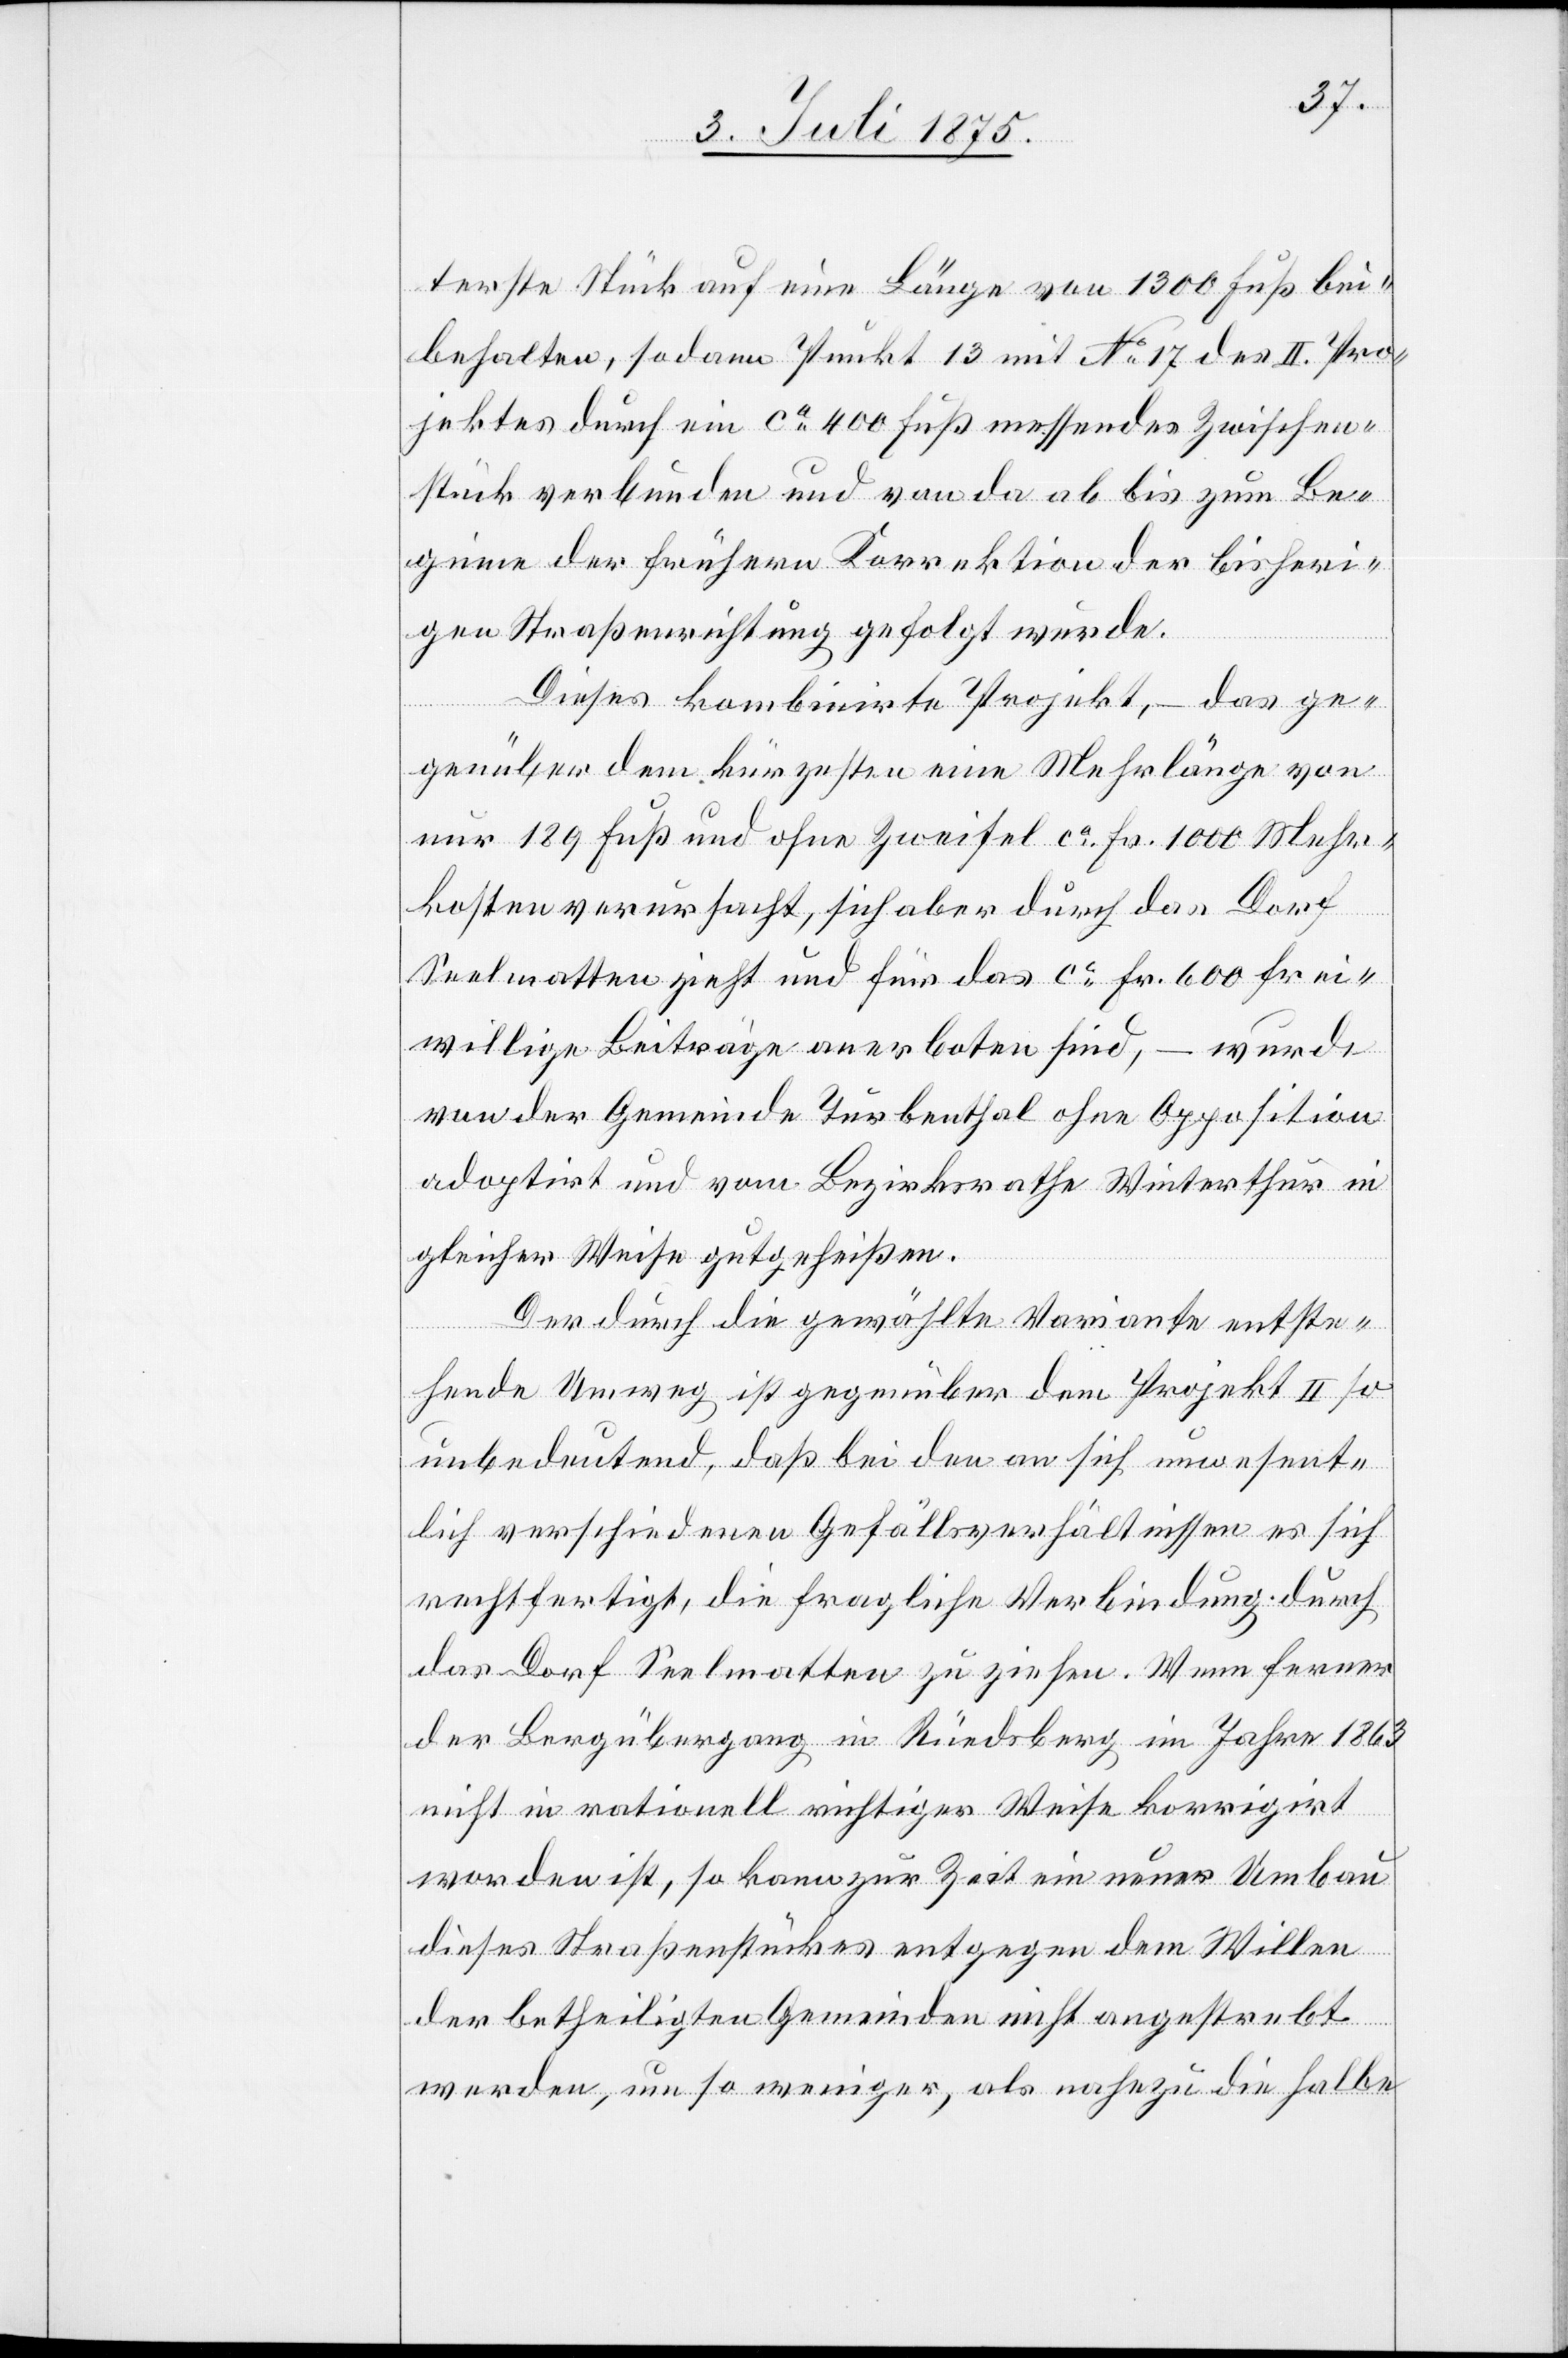
terste Stück auf eine Länge von 1300 Fuß bei¬
behalten, so dann Punkt 13 mit No 17 des II. Pro¬
jektes durch ein ca 400 Fuß messendes Zwischen¬
stück verbunden und von da ab bis zum Be¬
ginne der frühern Korrektion der bisheri¬
gen Straßenrichtung gefolgt wurde.
Dieses kombinirte Projekt, – das ge¬
genüber dem kürzesten eine Mehrlänge von
nur 189 Fuß und ohne Zweifel ca Fr. 1000 Mehr¬
kosten verursacht, sich aber durch das Dorf
Saalmatten zieht und für das ca Fr. 600 frei¬
willige Beiträge anerboten sind, – wurde
von der Gemeinde Turbenthal ohne Opposition
adoptirt und vom Bezirksrathe Winterthur in
gleicher Weise gutgeheißen.
Der durch die gewählte Variante entste¬
hende Umweg ist gegenüber dem Projekt II so
unbedeutend, daß bei den an sich unwesent¬
lich verschiedenen Gefällsverhältnissen es sich
rechtfertigt, die fragliche Verbindung durch
das Dorf Saalmatten zu ziehen. Wenn ferner
der Bergübergang in Rüedsberg im Jahre 1863
nicht in rationell richtiger Weise korrigirt
worden ist, so kann zur Zeit ein neuer Umbau
dieses Straßenstückes entgegen dem Willen
der betheiligten Gemeinden nicht angestrebt
werden, um so weniger, als nahezu die halbe